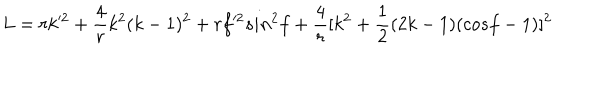
L = r k ^ { 2 } + \frac { 4 } { r } k ^ { 2 } ( k - 1 ) ^ { 2 } + r f ^ { 2 } s i n ^ { 2 } f + \frac { 4 } { r } [ k ^ { 2 } + \frac { 1 } { 2 } ( 2 k - 1 ) ( c o s f - 1 ) ] ^ { 2 }